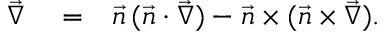
\begin{array} { r l r } { \vec { \nabla } } & { { } = } & { \vec { n } \, ( \vec { n } \cdot \vec { \nabla } ) - \vec { n } \times ( \vec { n } \times \vec { \nabla } ) . } \end{array}